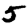
Digit: 5